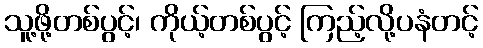
သူ့ဖို့တစ်ပွင့်၊ ကိုယ့်တစ်ပွင့် ကြည့်လို့ပနံတင့်